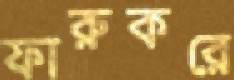
ফারুকরে